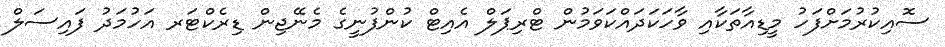
ސޮއިކުރުމަށްފަހު މީޑިއާތަކާއި ވާހަކަދައްކަވަމުން ޓްރިޕަލް އެއިޓް ކުންފުނީގެ މެނޭޖިން ޑިރެކްޓަރ އަހުމަދު ފައިސަލް